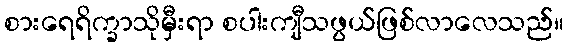
စားရေရိက္ခာသိုမှီးရာ စပါးကျီသဖွယ်ဖြစ်လာလေသည်။